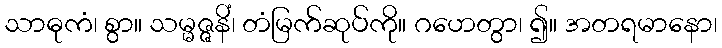
သာဓုကံ၊ စွာ။ သမ္မဇ္ဇနိံ၊ တံမြက်ဆုပ်ကို။ ဂဟေတွာ၊ ၍။ အတရမာနော၊